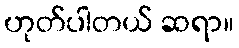
ဟုတ်ပါတယ် ဆရာ။